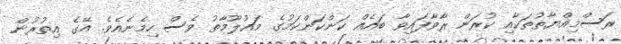
ރަސްމިއްޔާތުތަކާއި ކުރަން ރާވާފައިވާ ބައެއް ކަންކަންކަމުގެ މައުލޫމާތު ވެސް ހިމެނެއެވެ. އޭގެ އިތުރުން